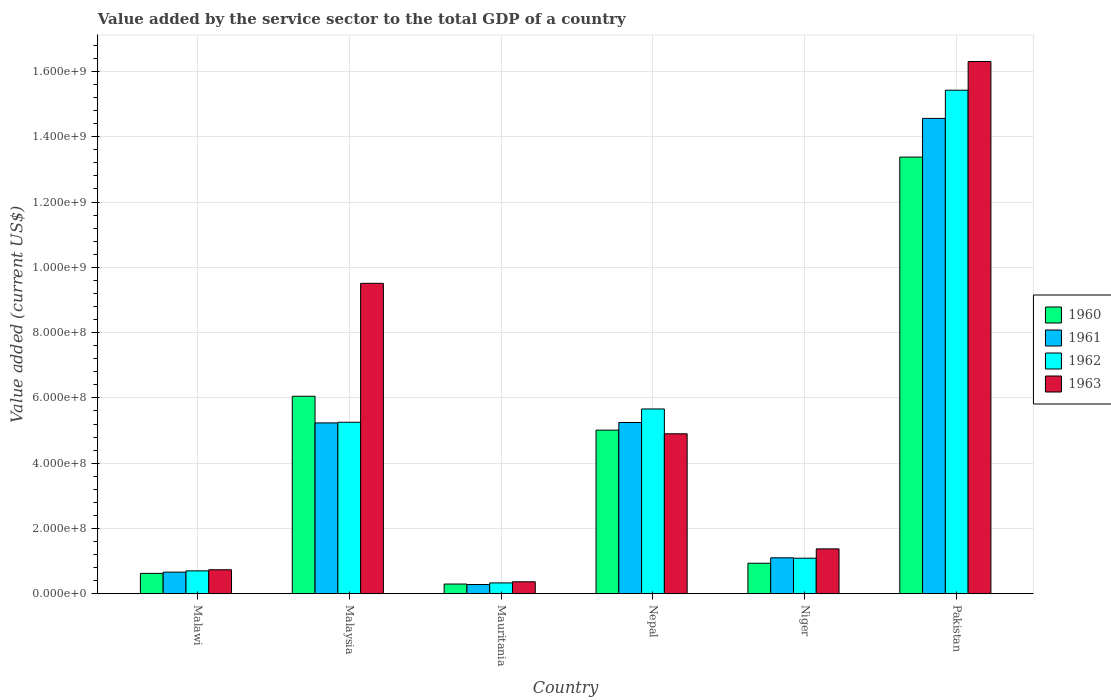
| Country | 1960 | 1961 | 1962 | 1963 |
 | --- | --- | --- | --- | --- |
 | Malawi | 6.24e+07 | 6.62e+07 | 7.01e+07 | 7.35e+07 |
 | Malaysia | 6.05e+08 | 5.23e+08 | 5.25e+08 | 9.51e+08 |
 | Mauritania | 2.97e+07 | 2.83e+07 | 3.32e+07 | 3.67e+07 |
 | Nepal | 5.01e+08 | 5.25e+08 | 5.66e+08 | 4.9e+08 |
 | Niger | 9.35e+07 | 1.1e+08 | 1.09e+08 | 1.37e+08 |
 | Pakistan | 1.34e+09 | 1.46e+09 | 1.54e+09 | 1.63e+09 |